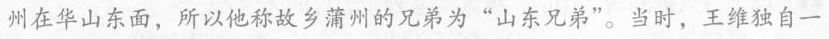
州在华山东面，所以他称故乡蒲州的兄弟为”山东兄弟”。当时，王维独自一